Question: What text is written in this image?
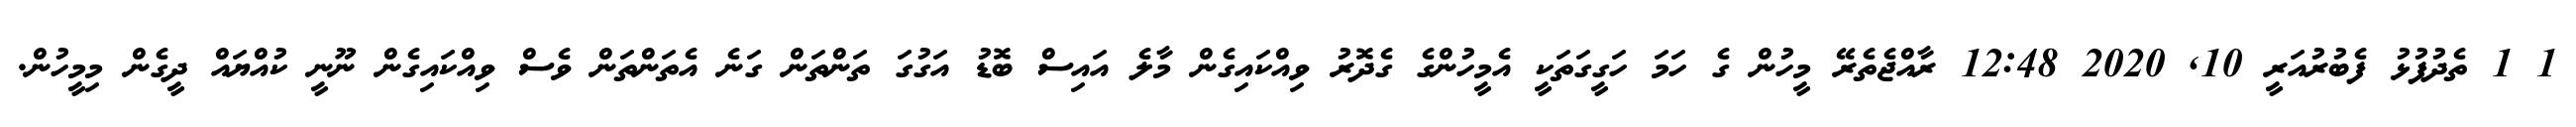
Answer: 1 1 ތެދުފުޅު ފެބުރުއަރީ 10, 2020 12:48 ރާއްޖެތެރޭ މީހުން ގެ ހަމަ ހަގީގަތަކީ އެމީހުންގެ ގެދޮރު ވިއްކައިގެން މާލެ އައިސް ބޮޑު އަގުގަ ތަންތަން ގަނެ އެތަންތަން ވެސް ވިއްކައިގެން ނޫނީ ކުއްޔައް ދީގެން މިމީހުން.